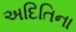
અદિતિના